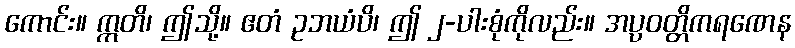
ကောင်း။ ဣတိ၊ ဤသို့။ ဧတံ ဥဘယံပိ၊ ဤ ၂-ပါးစုံကိုလည်း။ အပ္ပဝတ္တိကရဏေန